Civil Veterinary Dept. Bombay admin report 1907-1913 - 1907-1913
Year: 1907
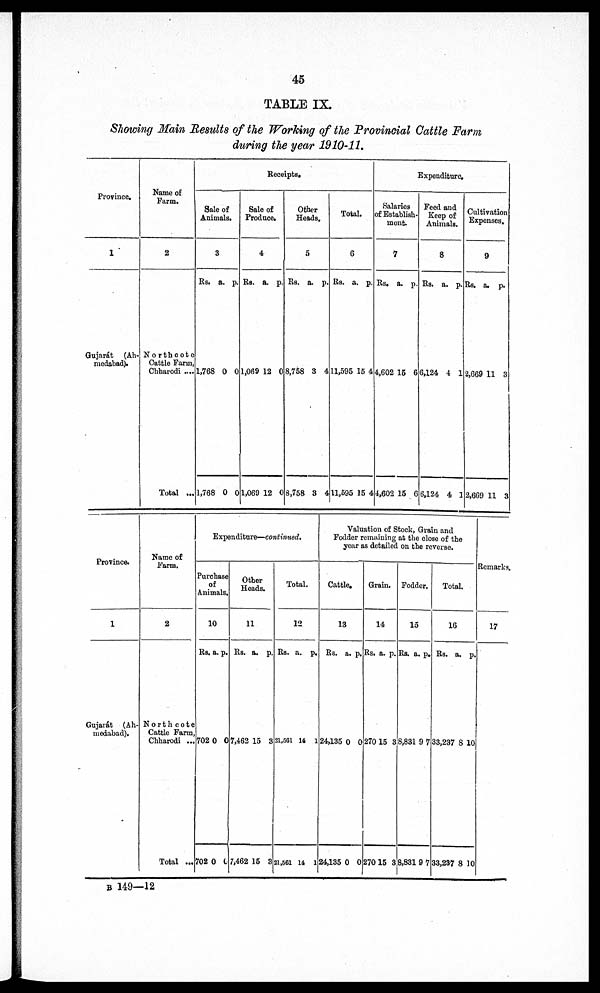
45
TABLE IX.
Showing Main Results of the Working of the Provincial Cattle Farm
during the year 1910-11.
Province.
1
Gujarát
(Ah.
medabad).
Name of
Farm.
2
Northcote
Cattle Farm,
Chharodi ...
Total ...
Receipts.
Sale of
Animals.
3
Rs. a. p.
1,768 0 0
1,768 0 0
Sale of
Produce.
4
Rs. a. p.
1,069 12 0
1,069 12 0
Other
Heads.
5
Rs. a. p.
8,768 3 4
8,758 3 4
Total.
6
Rs. a. p.
11,595 15 4
11,695 15 4
Expenditure.
Salaries
of Establish-
ment.
7
Rs. a. p.
4,602 15 6
4,602 15 6
Feed and
Keep of
Animals.
8
Rs. a. p.
6,124 4 1
6,124 4 1
Cultivation
Expenses.
9
Rs. a. p.
2,669 11 3
2,669 11 3
Province.
1
Gujarát (Ah-
medabad).
Name of
Farm.
2
Northcote
Cattle Farm,
Chharodi ...
Total ...
Expenditure—continued.
Purchase
of
Animals.
10
Rs. a. p.
702 0 0
702 0 0
Other
Heads.
11
Rs. a. p.
7,462 15 3
7,462 15 8
Total.
12
Rs. a. p.
21,561 14 1
21,561 14 1
Valuation of Stock, Grain and
Fodder remaining at the close of the
year as detailed on the reverse.
Cattle.
13
Rs. a. p.
24,135 0 0
24,135 0 0
Grain.
14
Rs. a. p.
270 15 3
270 15 3
Fodder.
15
Rs. a. p.
8,831 9 7
83819 7
Total.
16
Rs. a. p.
33,237 8 10
33,237 8 10
Remarks.
17
B 149—12